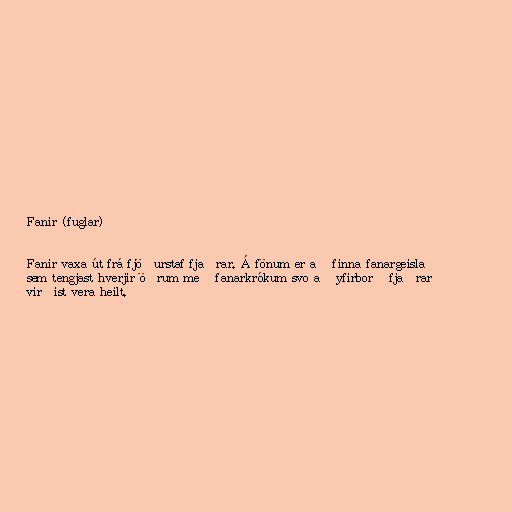
Fanir (fuglar)

Fanir vaxa út frá fjöðurstaf fjaðrar. Á fönum er að finna fanargeisla
sem tengjast hverjir öðrum með fanarkrókum svo að yfirborð fjaðrar
virðist vera heilt.